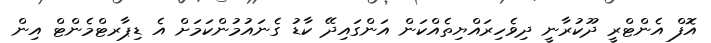
އޮފް އެންޓްރީ ދޫކުރާނީ ދިވެހިރައްޔިތެއްކަން އަންގައިދޭ ކާޑު ގެނައުމުންކަމަށް އެ ޑިޕާރޓްމެންޓް އިން